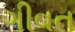
ગીવત